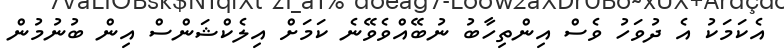
އެކަމަކު އެ ދުވަހު ވެސް އިންތިހާބު ނުބޭއްވެވޭނެ ކަމަށް އިލެކްޝަންސް އިން ބުނުމުން